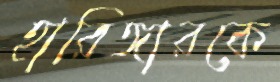
হারিঙ্গারকে